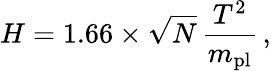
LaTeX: H=1.66\times\sqrt{N}\, \frac{T^{2}}{m_{\mathrm{pl}}}\, ,